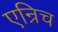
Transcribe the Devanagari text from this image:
एन्रिच